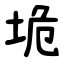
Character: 垝